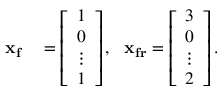
\begin{array} { r l } { \mathbf { x _ { f } } } & { { } = \left[ \begin{array} { l } { 1 } \\ { 0 } \\ { \vdots } \\ { 1 } \end{array} \right] , \: \: \: \mathbf { x _ { f r } } = \left[ \begin{array} { l } { 3 } \\ { 0 } \\ { \vdots } \\ { 2 } \end{array} \right] . } \end{array}